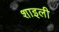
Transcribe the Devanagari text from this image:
शाइली